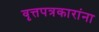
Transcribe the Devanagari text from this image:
वृत्तपत्रकारांना